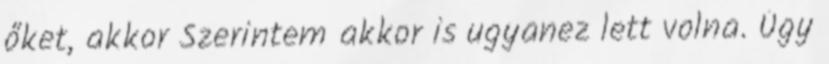
őket, akkor Szerintem akkor is ugyanez lett volna. Úgy